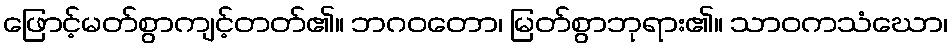
ဖြောင့်မတ်စွာကျင့်တတ်၏။ ဘဂဝတော၊ မြတ်စွာဘုရား၏။ သာဝကသံဃော၊